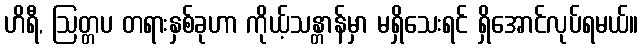
ဟိရီ, ဩတ္တပ တရားနှစ်ခုဟာ ကိုယ့်သန္တာန်မှာ မရှိသေးရင် ရှိအောင်လုပ်ရမယ်။